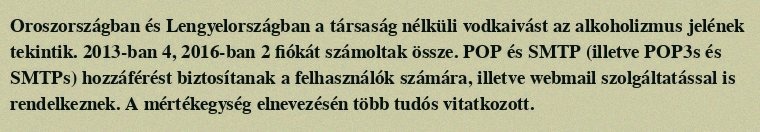
Oroszországban és Lengyelországban a társaság nélküli vodkaivást az alkoholizmus jelének tekintik. 2013-ban 4, 2016-ban 2 fiókát számoltak össze. POP és SMTP (illetve POP3s és SMTPs) hozzáférést biztosítanak a felhasználók számára, illetve webmail szolgáltatással is rendelkeznek. A mértékegység elnevezésén több tudós vitatkozott.